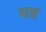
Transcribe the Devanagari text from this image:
मन्न